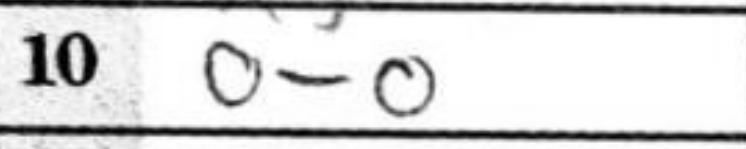
Transcription: O-O